Emmaste_vallavalitsus, lk 20
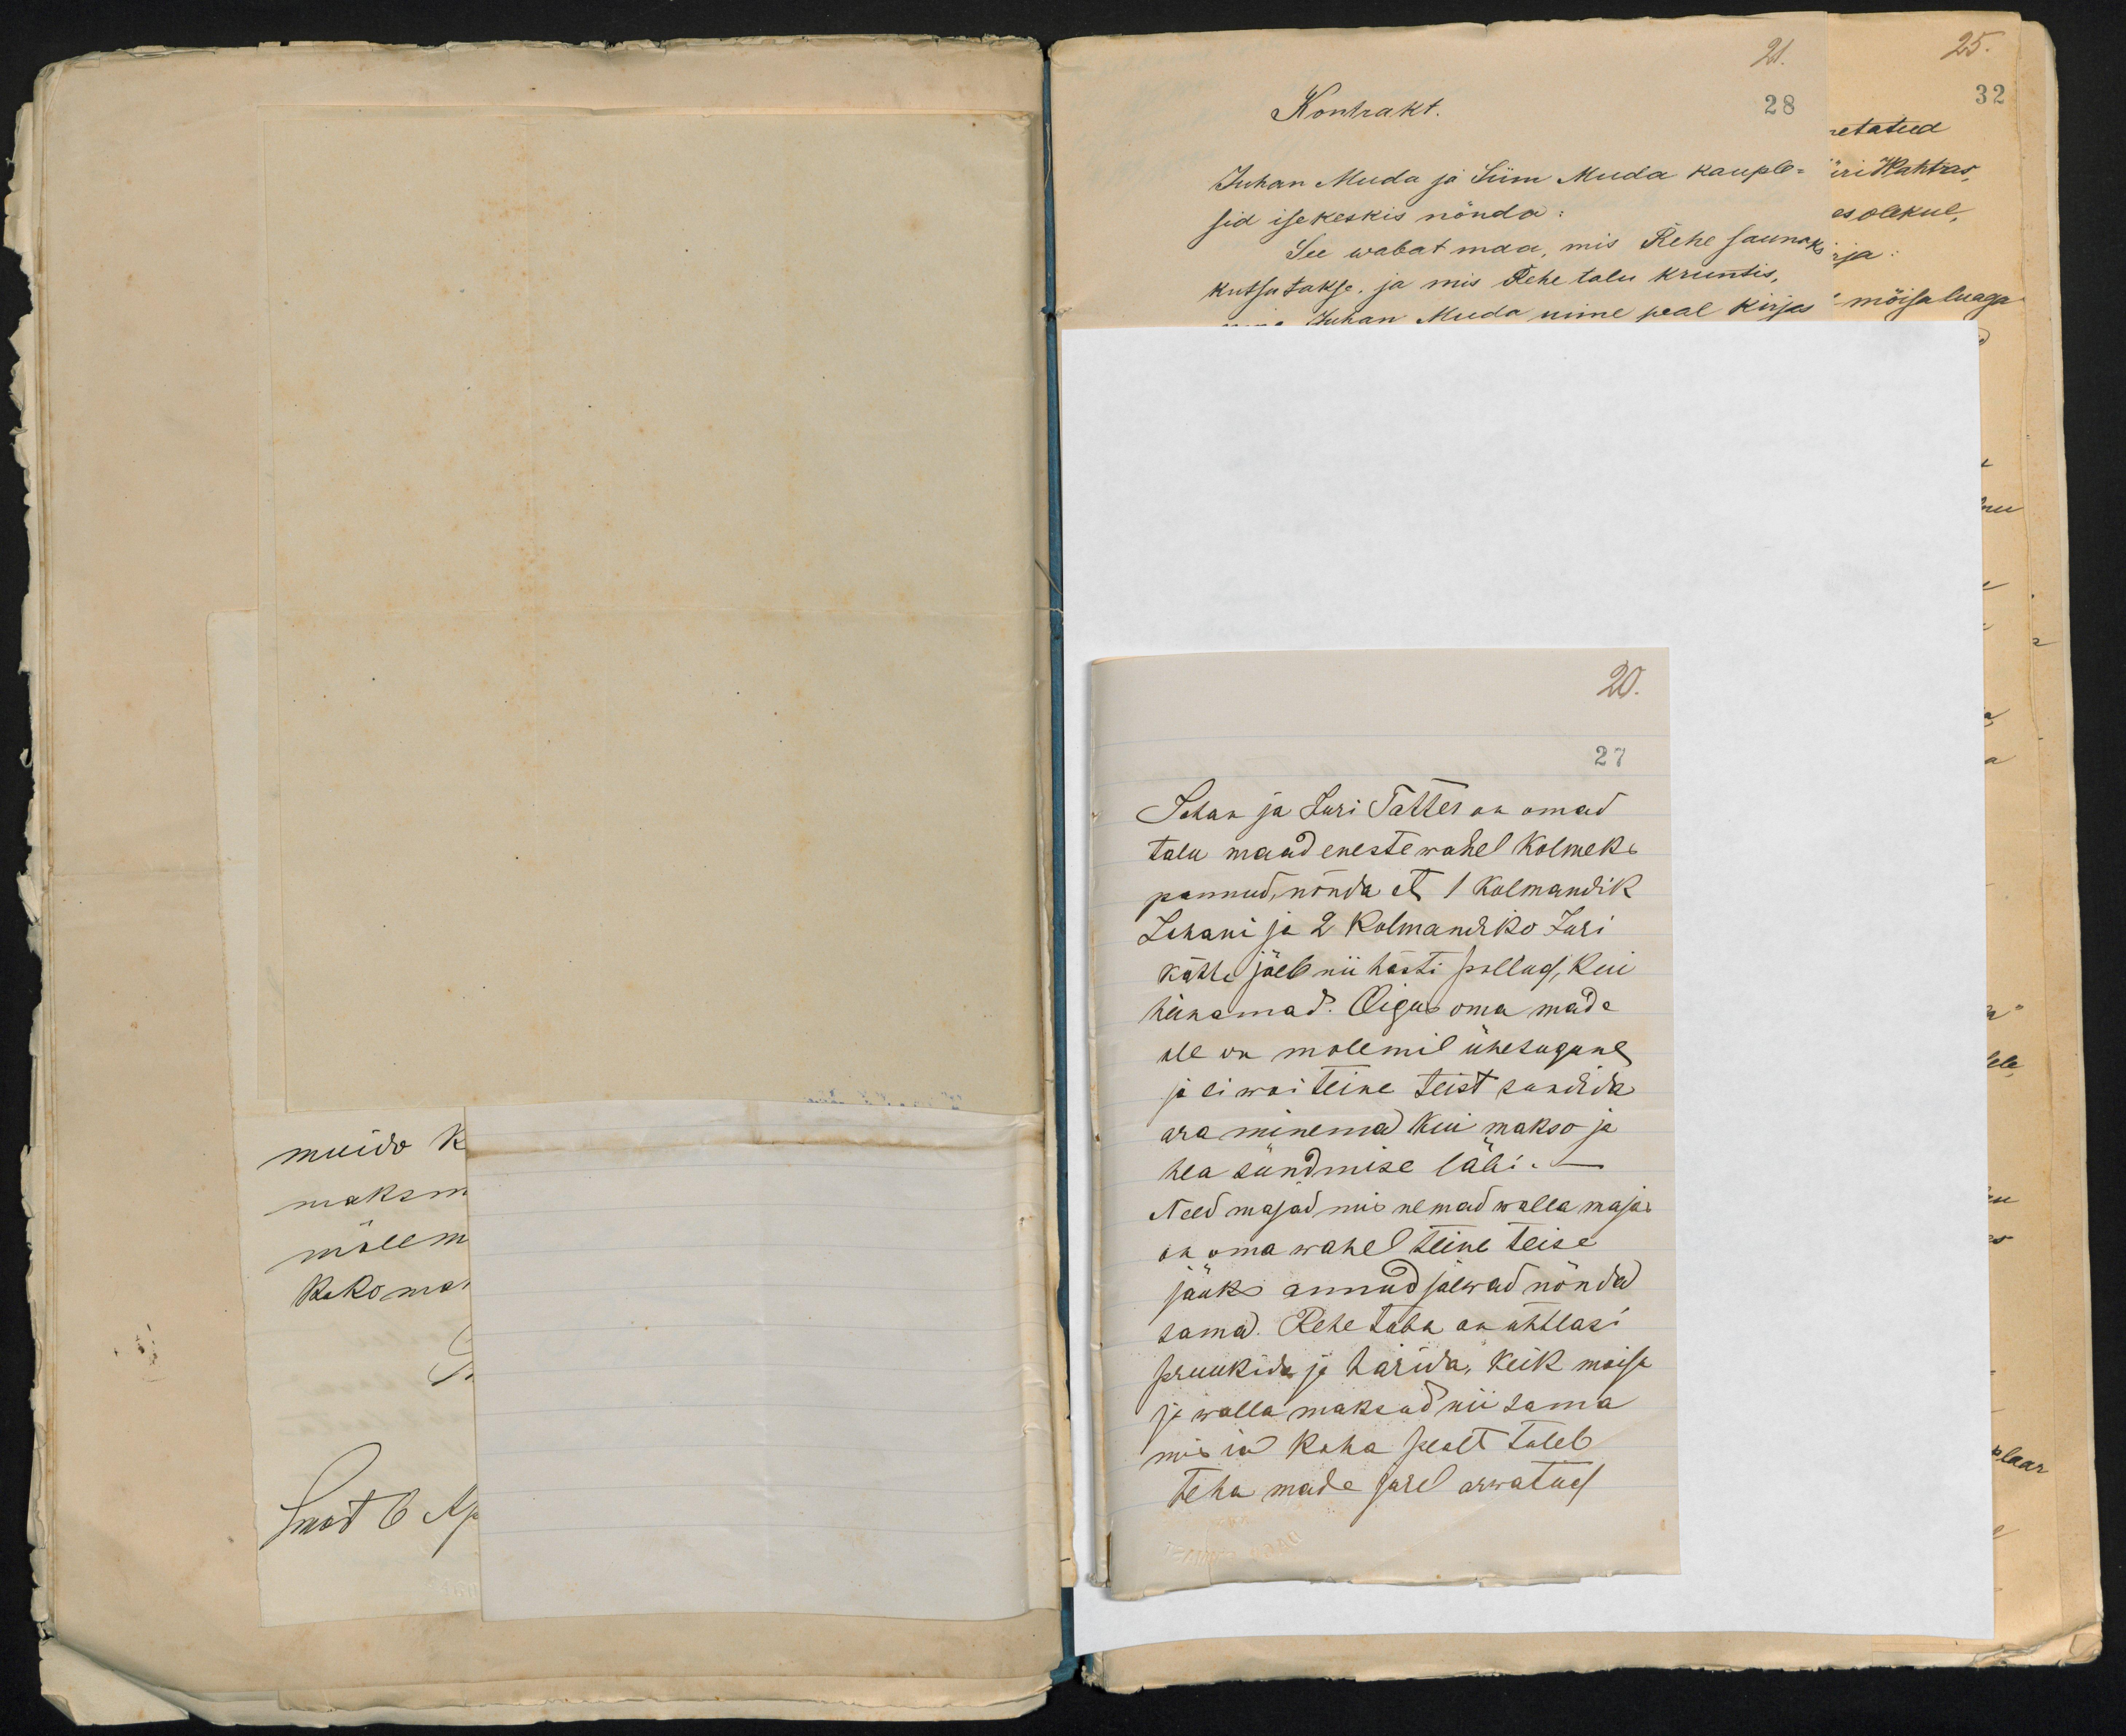
20.
27
Johan ja Juri Tatter on omad
talu maad eneste wahel Kolmeks
pannud, nõnda et 1 kolmandik
Juhani ja 2 Kolmandiko Juri
kätte jäeb nii hästi põllud, kui
heinamad. Õigus oma made
ule on mõlemil ühesugune,
ja ei wõi teine teist sundida
ära minema kui makso ja
hea sündmise läbi.-
Need majad mis nemad walla majas
on oma wahel teine teise
jäuks annud jäewad nõnda
sama. Rehe tuba on ühtlasi
pruukida ja harida, keik moisa
ja walla maksud nii sama
mis in koha pealt tuleb
teha made järel arwatud